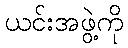
ယင်းအဖွဲ့ကို